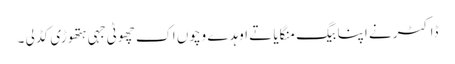
ڈاکٹر نے اپنا بیگ منگایا تے اوہد ے وچوں اک چھوٹی جہی ہتھوڑی کڈ لی ۔